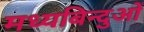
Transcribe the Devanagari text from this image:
मध्यबिन्दुओं